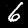
Digit: 6